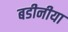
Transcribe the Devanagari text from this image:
बडीनीया